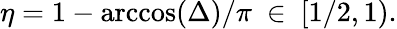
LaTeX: \eta=1-\operatorname{arccos}(\Delta)/\pi\ \in\ [1/2,1).